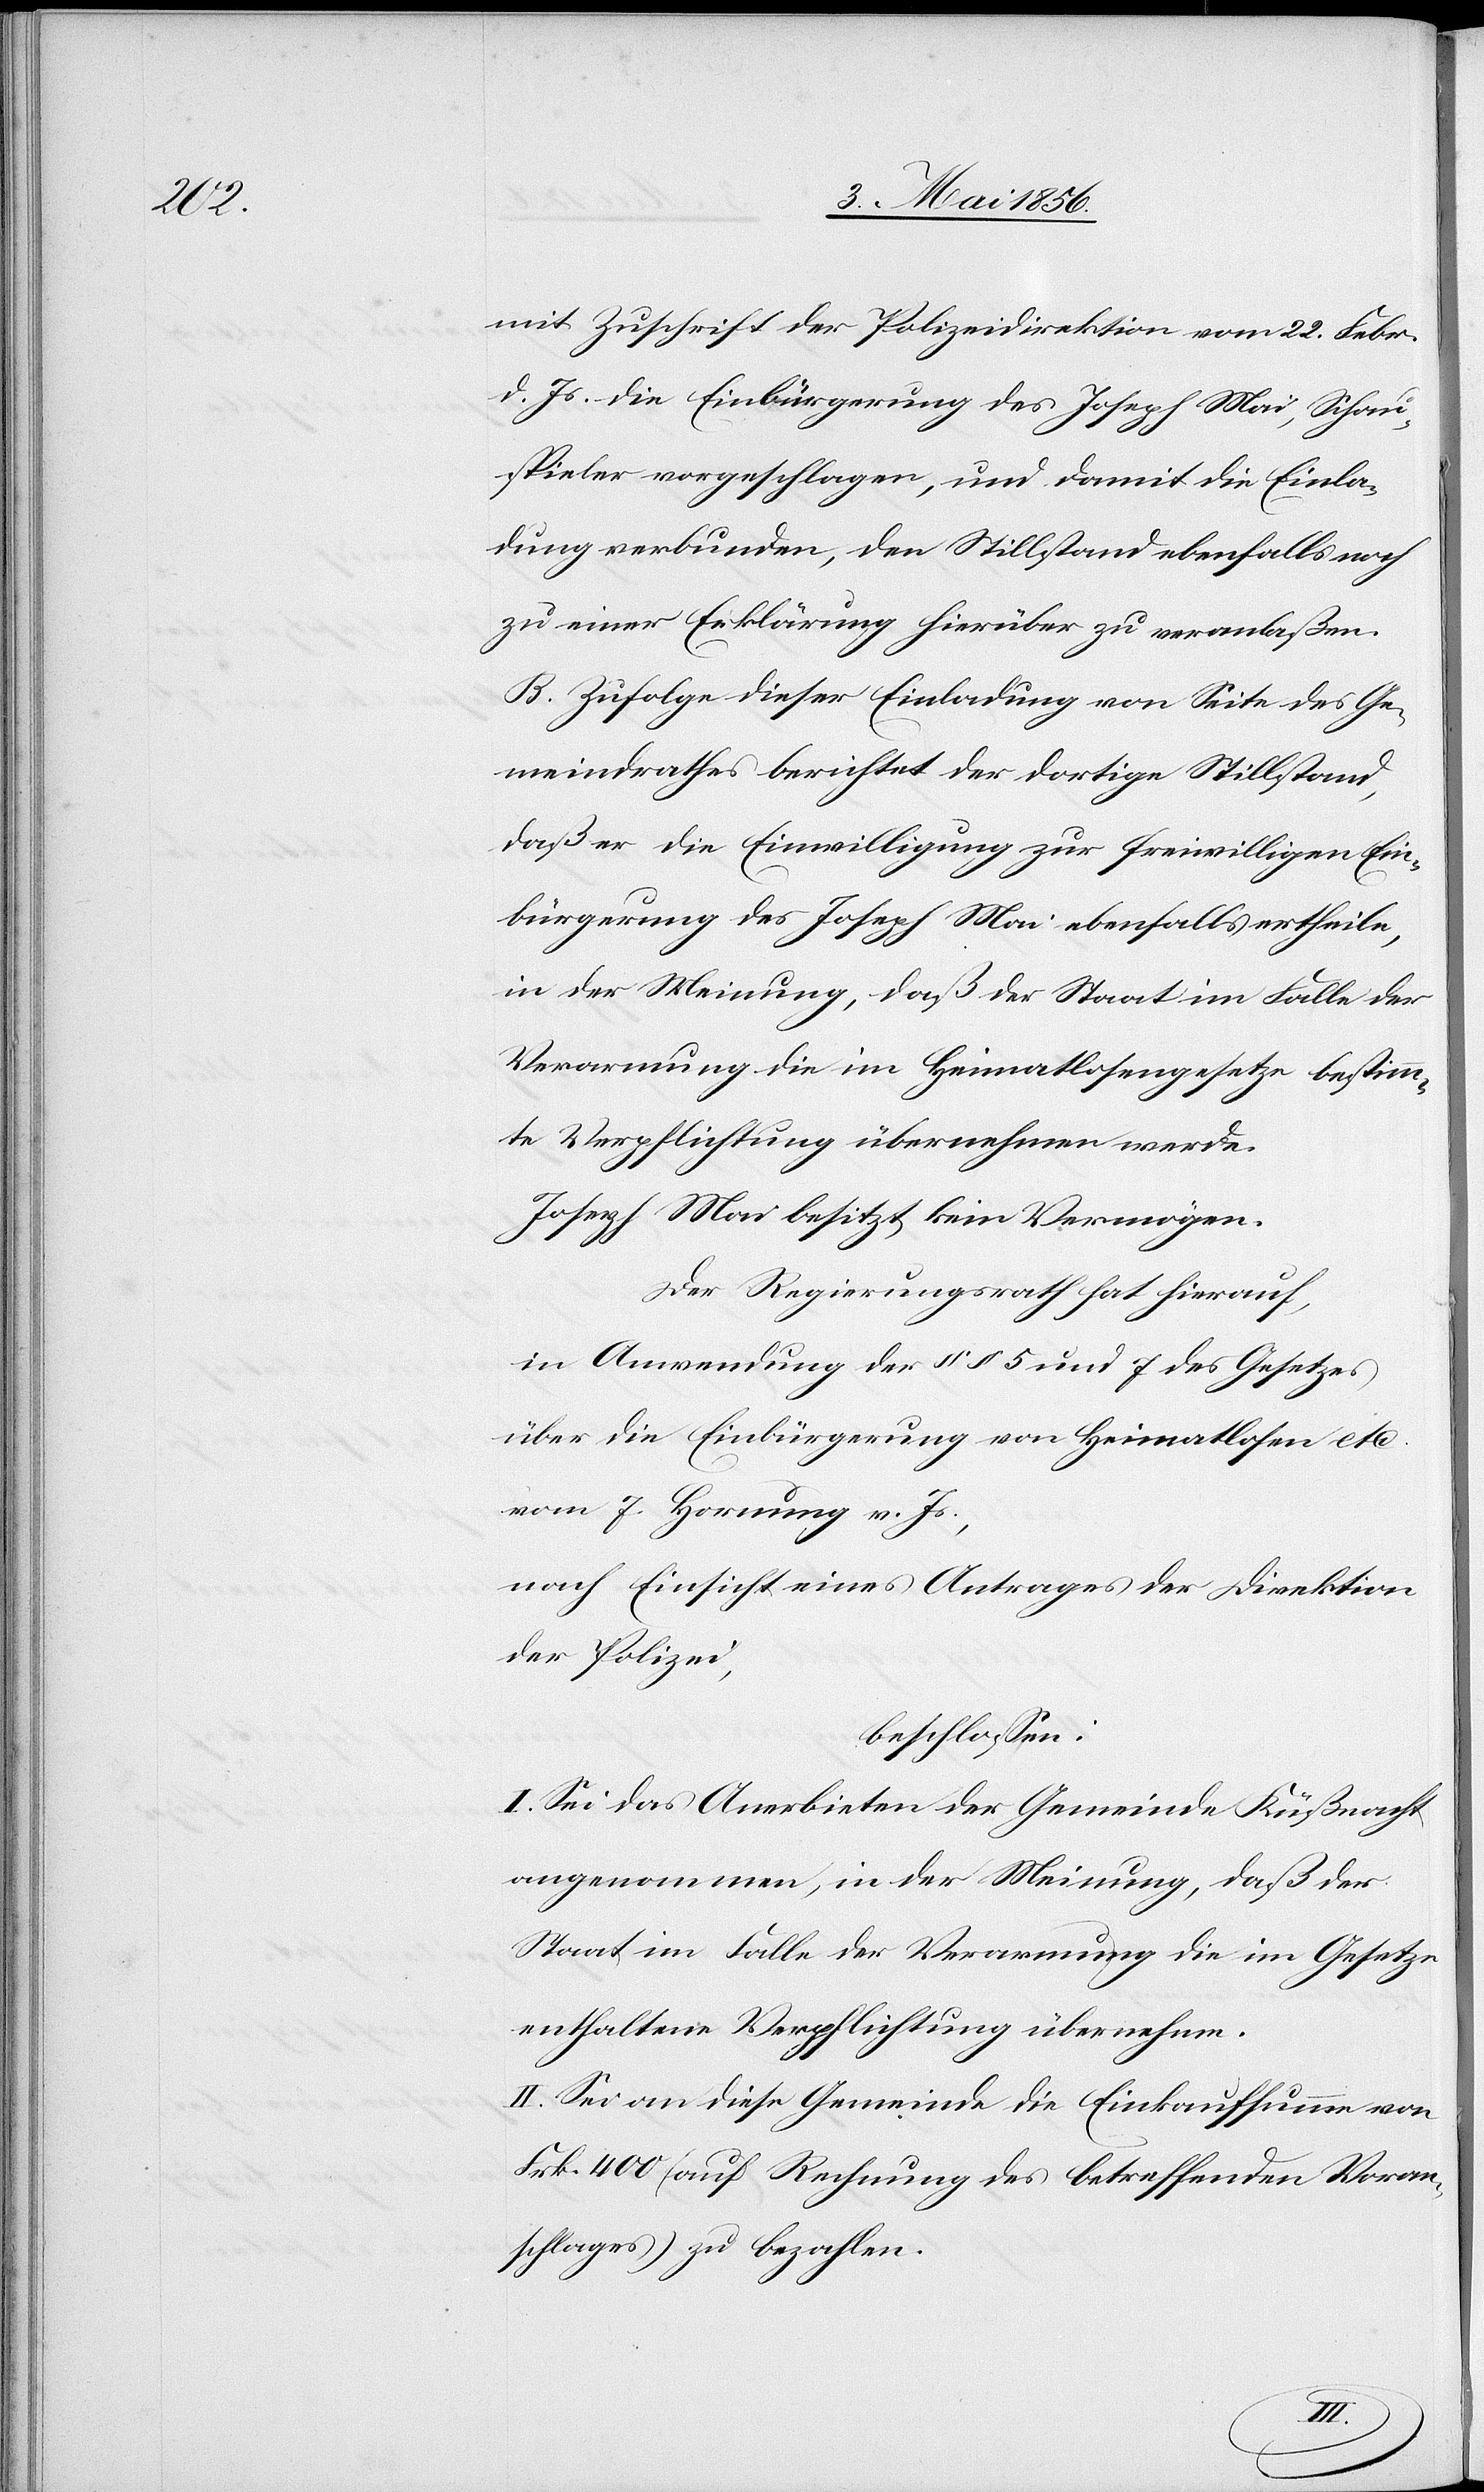
mit Zuschrift der Polizeidirektion vom 22. Febr.
d. Js. die Einbürgerung des Joseph Mai, Schau¬
spieler vorgeschlagen, und damit die Einla¬
dung verbunden, den Stillstand ebenfalls noch
zu einer Erklärung hierüber zu veranlaßen.
B. Zufolge dieser Einladung von Seite des Ge¬
meindrathes berichtet der dortige Stillstand,
daß er die Einwilligung zur freiwilligen Ein¬
bürgerung des Joseph Mai ebenfalls ertheile,
in der Meinung, daß der Staat im Falle der
Verarmung die im Heimatlosengesetze bestimm¬
te Verpflichtung übernehmen werde.
Joseph Mai besitzt kein Vermögen.
Der Regierungsrath hat hierauf,
in Anwendung der §§ 5 und 7 des Gesetzes
über die Einbürgerung von Heimatlosen etc.
vom 7 Hornung v. Js.,
nach Einsicht eines Antrages der Direktion
der Polizei,
beschlossen:
I. Sei das Anerbieten der Gemeinde Küßnacht
angenommen, in der Meinung, daß der
Staat im Falle der Verarmung die im Gesetze
enthaltene Verpflichtung übernehme.
II. Sei an diese Gemeinde die Einkaufsumme von
Frk. 400 (auf Rechnung des betreffenden Voran¬
schlages) zu bezahlen.